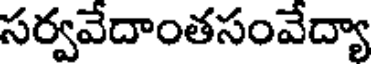
సర్వవేదాంతసంవేద్యా